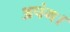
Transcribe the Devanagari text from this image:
अपंग।